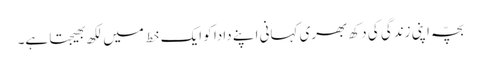
بچّہ اپنی زندگی کی دکھ بھری کہانی اپنے دادا کو ایک خط میں لکھ بھیجتا ہے۔